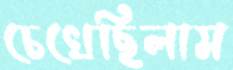
চেখেছিলাম